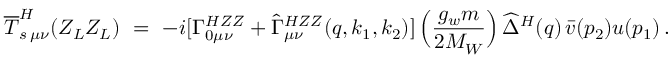
\overline { { { { \cal T } } } } _ { s \, \mu \nu } ^ { H } ( Z _ { L } Z _ { L } ) \ = \ - i [ \Gamma _ { 0 \mu \nu } ^ { H Z Z } + \widehat { \Gamma } _ { \mu \nu } ^ { H Z Z } ( q , k _ { 1 } , k _ { 2 } ) ] \, \Big ( \frac { g _ { w } m } { 2 M _ { W } } \Big ) \, \widehat { \Delta } ^ { H } ( q ) \, \bar { v } ( p _ { 2 } ) u ( p _ { 1 } ) \, .